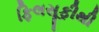
ફિલસૂફીથી